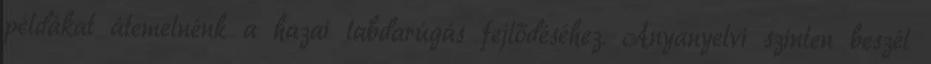
példákat átemelnénk a hazai labdarúgás fejlődéséhez. Anyanyelvi szinten beszél